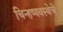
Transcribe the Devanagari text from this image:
चिन्हव्यवस्थेचे